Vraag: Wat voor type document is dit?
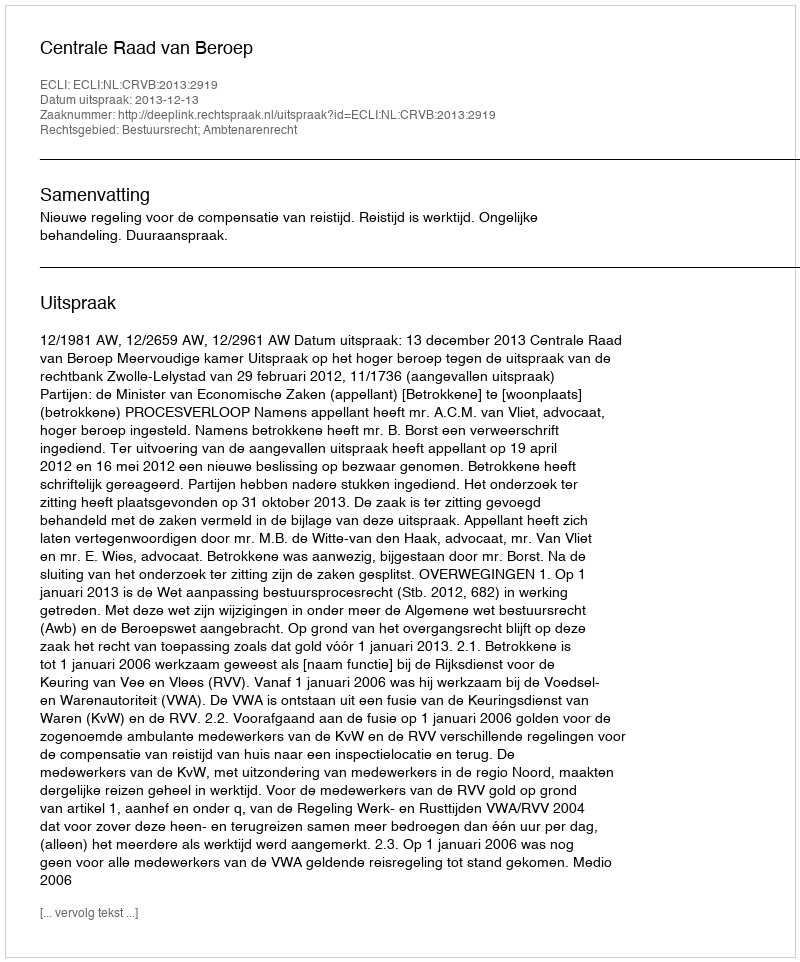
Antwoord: Uitspraak